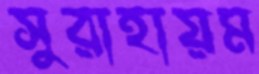
সুরাহায়ম